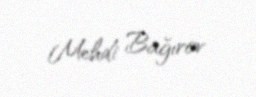
Mehdi Bağırov